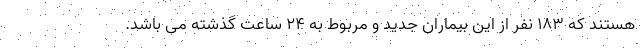
هستند که ۱۸۳ نفر از این بیماران جدید و مربوط به ۲۴ ساعت گذشته می باشد.